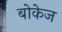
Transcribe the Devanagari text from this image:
बोकेज